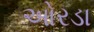
ઓરડા